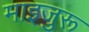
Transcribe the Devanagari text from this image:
माइजुरू